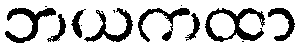
ဘယကထာ